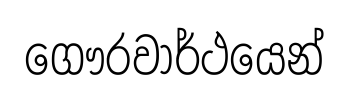
ගෞරවාර්ථයෙන්